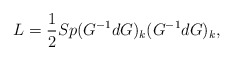
\begin{align*}L={1\over 2}Sp(G^{-1}dG)_k(G^{-1}dG)_k,\end{align*}